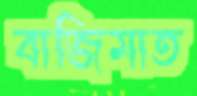
বাজিমাত